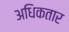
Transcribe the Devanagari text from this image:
अधिकतार